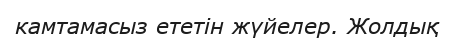
камтамасыз ететін жүйелер. Жолдық